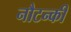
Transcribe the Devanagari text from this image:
नौटन्की